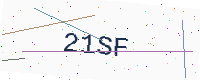
Text: 21SF